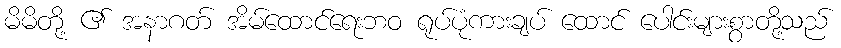
မိမိတို့ ၏ အနာဂတ် အိမ်ထောင်ရေးဘဝ ရုပ်ပုံကားချပ် ထောင် ပေါင်းများစွာတို့သည်